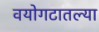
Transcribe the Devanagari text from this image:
वयोगटातल्या